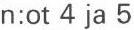
n:ot 4 ja 5